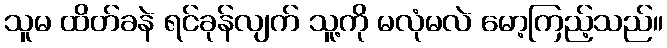
သူမ ထိတ်ခနဲ ရင်ခုန်လျက် သူ့ကို မလုံမလဲ မော့ကြည့်သည်။